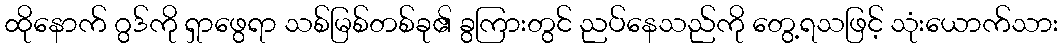
ထိုနောက် ဂွဒ်ကို ရှာဖွေရာ သစ်မြစ်တစ်ခု၏ ခွကြားတွင် ညပ်နေသည်ကို တွေ့ရသဖြင့် သုံးယောက်သား